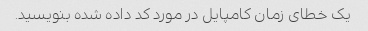
یک خطای زمان کامپایل در مورد کد داده شده بنویسید.